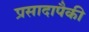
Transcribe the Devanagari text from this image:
प्रसादापैकी